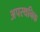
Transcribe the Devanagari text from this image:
अपस्थनिक